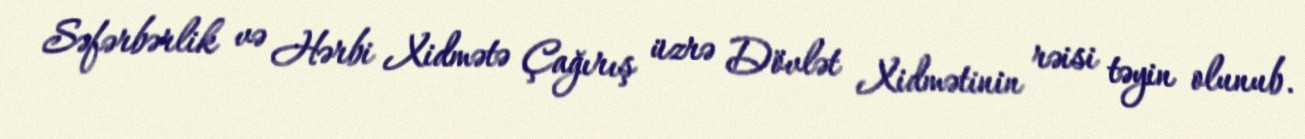
Səfərbərlik və Hərbi Xidmətə Çağırış üzrə Dövlət Xidmətinin rəisi təyin olunub.